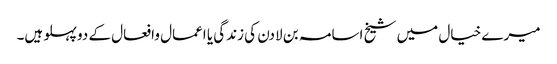
میرے خیال میں شیخ اسامہ بن لادن کی زندگی یا اعمال وافعال کے دو پہلو ہیں۔